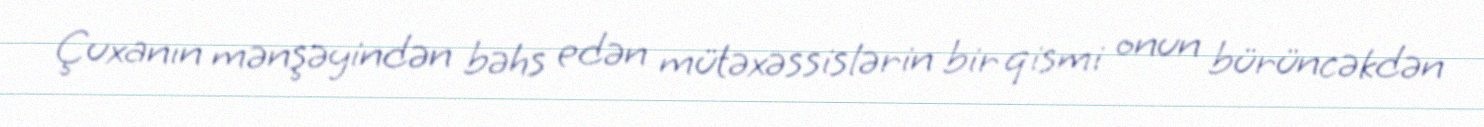
Çuxanın mənşəyindən bəhs edən mütəxəssislərin bir qismi onun bürüncəkdən